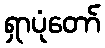
ရှာပုံတော်